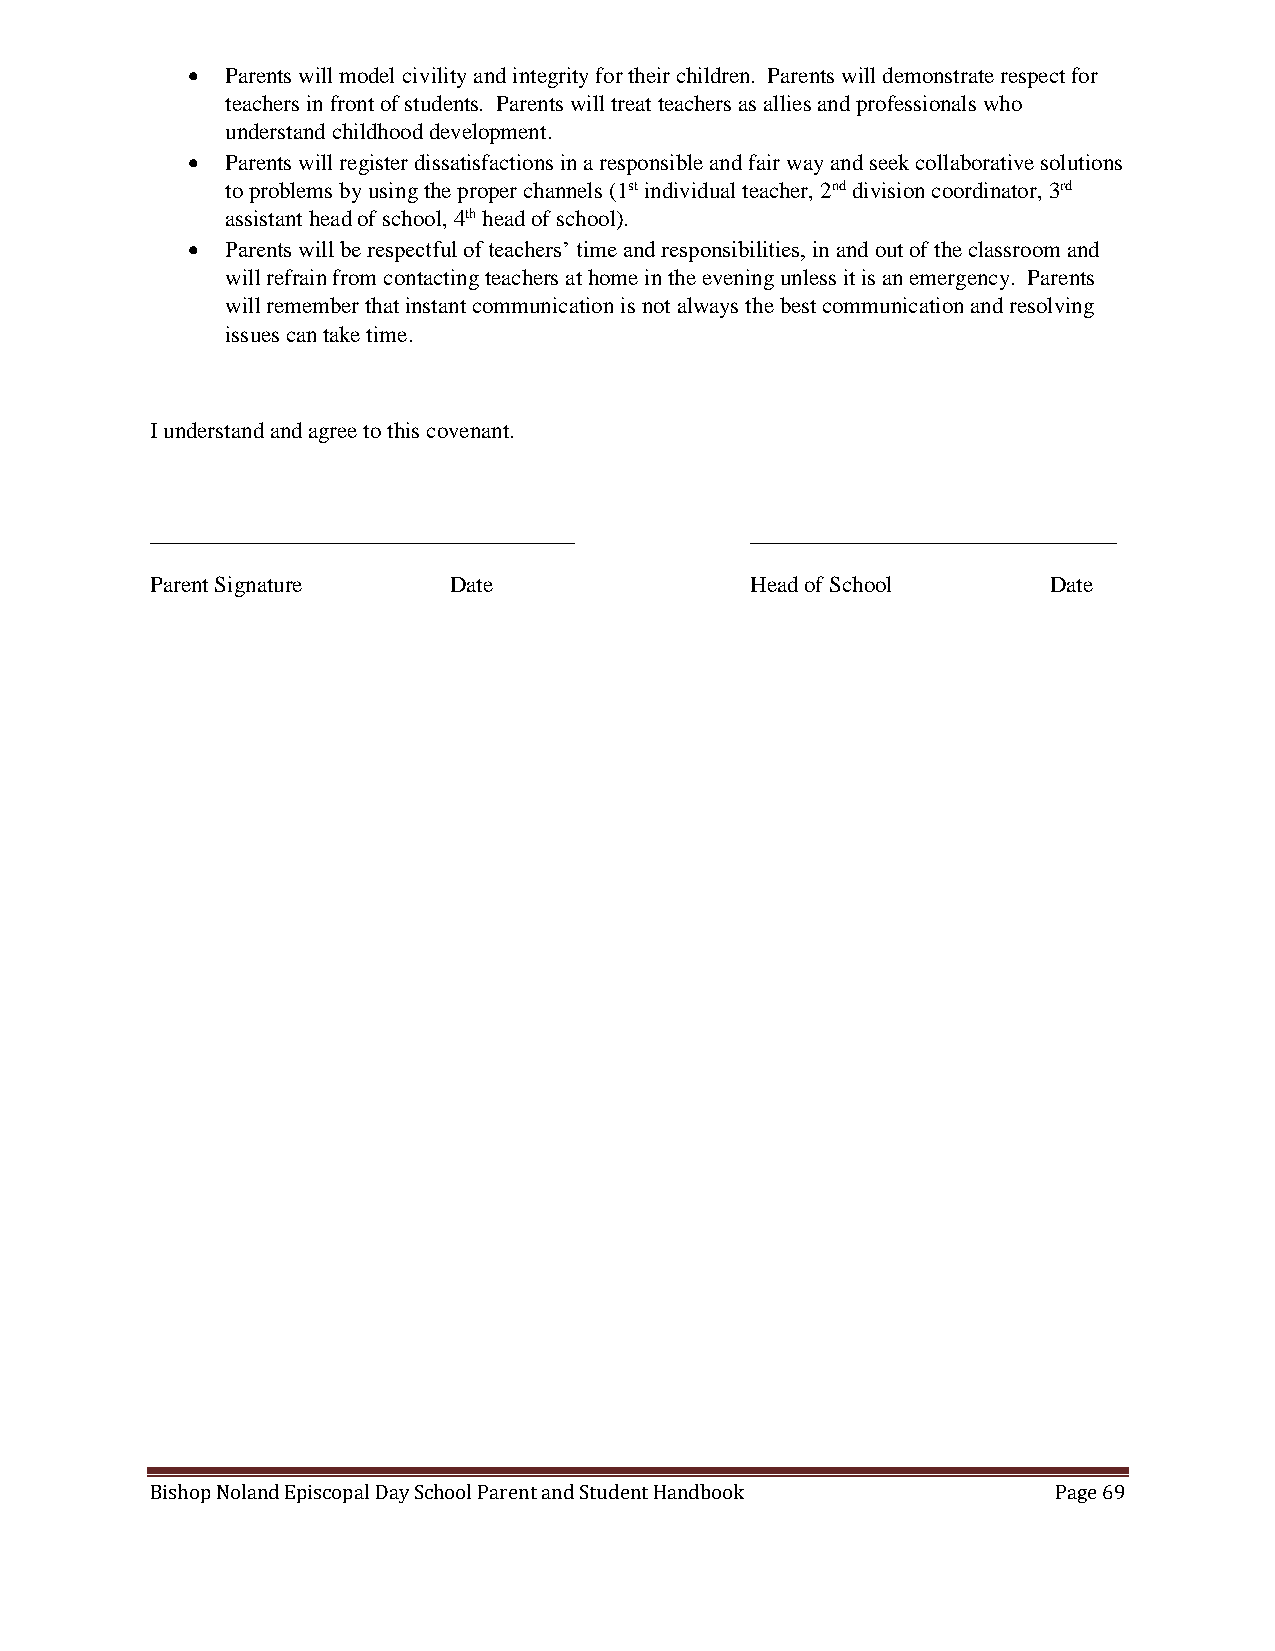
  Parents will model civility and integrity for their children. Parents will demonstrate respect for
 teachers in front of students. Parents will treat teachers as allies and professionals who
 understand childhood development.
   Parents will register dissatisfactions in a responsible and fair way and seek collaborative solutions
 to problems by using the proper channels (1st individual teacher, 2nd division coordinator, 3rd
 assistant head of school, 4th head of school).
   Parents will be respectful of teachers’ time and responsibilities, in and out of the classroom and
 will refrain from contacting teachers at home in the evening unless it is an emergency. Parents
 will remember that instant communication is not always the best communication and resolving
 issues can take time.
 I understand and agree to this covenant.
 _____________________________________   ________________________________
 Parent Signature    Date                Head of School      Date
 Bishop Noland Episcopal Day School Parent and Student Handbook Page 69